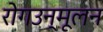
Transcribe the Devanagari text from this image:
रोगउन्मूलन